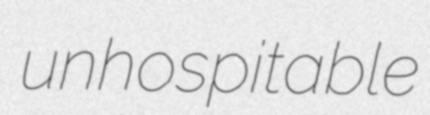
unhospitable